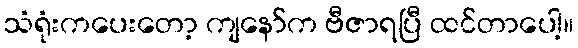
သံရုံးကပေးတော့ ကျနော်က ဗီဇာရပြီ ထင်တာပေါ့။